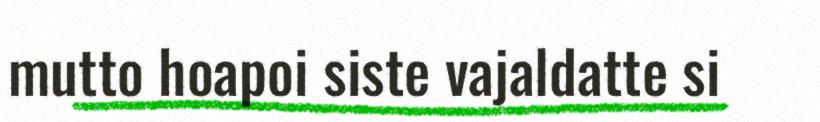
mutto hoapoi siste vajaldatte si